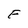
Character: e